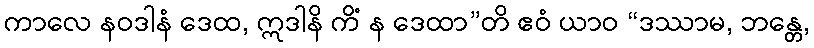
ကာလေ နဝဒါနံ ဒေထ, ဣဒါနိ ကိံ န ဒေထာ”တိ ဧဝံ ယာဝ “ဒဿာမ, ဘန္တေ,